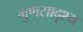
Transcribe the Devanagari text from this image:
गुणसादृश्य